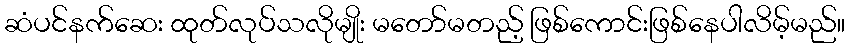
ဆံပင်နက်ဆေး ထုတ်လုပ်သလိုမျိုး မတော်မတည့် ဖြစ်ကောင်းဖြစ်နေပါလိမ့်မည်။